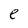
Character: e